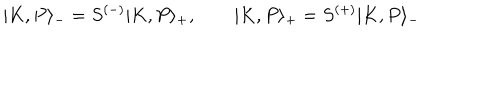
LaTeX: | K , P \rangle _ { - } = S ^ { ( - ) } | K , P \rangle _ { + } , \qquad | K , P \rangle _ { + } = S ^ { ( + ) } | K , P \rangle _ { - }